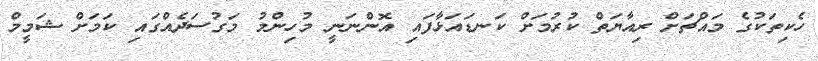
ހެކިތަކުގެ މައްޗަށް ރިއާޔަތް ކުރުމަށް ކަނޑައަޅާފައި އޮންނަނީ މުހިންމު މަގުސަދެއްގައި ކަމަށް ޝަމީމް